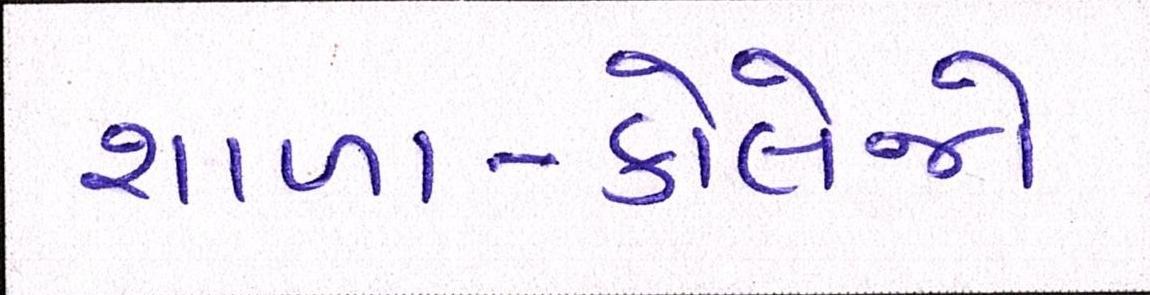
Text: શાળા-કોલેજો